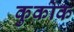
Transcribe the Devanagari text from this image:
कुकोक